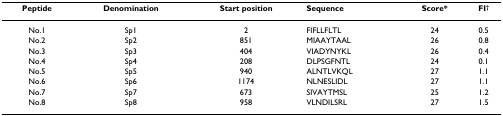
<table><thead><tr><td><b>Peptide</b></td><td><b>Denomination</b></td><td><b>Start position</b></td><td><b>Sequence</b></td><td><b>Score*</b></td><td><b>FI<sup>†</sup></b></td></tr></thead><tbody><tr><td>No.1</td><td>Sp1</td><td>2</td><td>FIFLLFLTL</td><td>24</td><td>0.5</td></tr><tr><td>No.2</td><td>Sp2</td><td>851</td><td>MIAAYTAAL</td><td>26</td><td>0.8</td></tr><tr><td>No.3</td><td>Sp3</td><td>404</td><td>VIADYNYKL</td><td>26</td><td>0.4</td></tr><tr><td>No.4</td><td>Sp4</td><td>208</td><td>DLPSGFNTL</td><td>24</td><td>0.1</td></tr><tr><td>No.5</td><td>Sp5</td><td>940</td><td>ALNTLVKQL</td><td>27</td><td>1.1</td></tr><tr><td>No.6</td><td>Sp6</td><td>1174</td><td>NLNESLIDL</td><td>27</td><td>1.1</td></tr><tr><td>No.7</td><td>Sp7</td><td>673</td><td>SIVAYTMSL</td><td>25</td><td>1.2</td></tr><tr><td>No.8</td><td>Sp8</td><td>958</td><td>VLNDILSRL</td><td>27</td><td>1.5</td></tr></tbody></table>